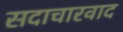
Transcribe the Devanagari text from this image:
सदाचारवाद